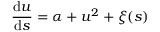
\frac { \mathrm { d } u } { \mathrm { d } s } = \alpha + u ^ { 2 } + \xi ( s )